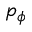
p _ { \phi }